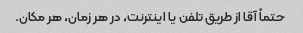
حتماً آقا از طریق تلفن یا اینترنت، در هر زمان، هر مکان.